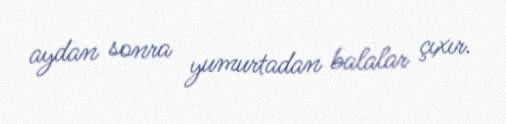
aydan sonra yumurtadan balalar çıxır.